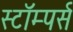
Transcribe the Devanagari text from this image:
स्टॉम्पर्स